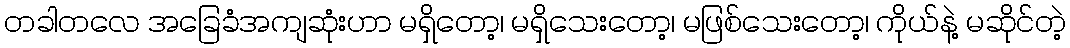
တခါတလေ အခြေခံအကျဆုံးဟာ မရှိတော့၊ မရှိသေးတော့၊ မဖြစ်သေးတော့၊ ကိုယ်နဲ့ မဆိုင်တဲ့